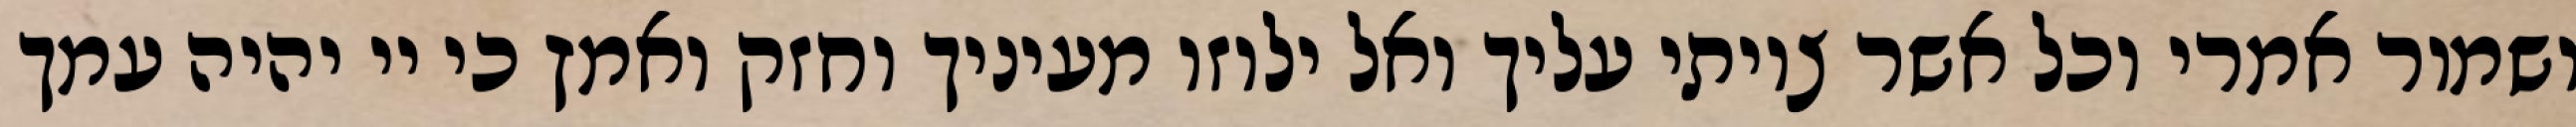
ושמור אמרי וכל אשר צויתי עליך ואל ילוזו מעיניך וחזק ואמץ כי יי יהיה עמך